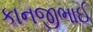
કાનજીભાઈ